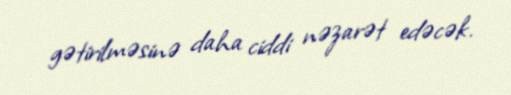
gətirilməsinə daha ciddi nəzarət edəcək.